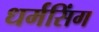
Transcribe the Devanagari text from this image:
धर्मसिंग